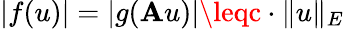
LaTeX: |f(u)|=|g(\mathbf{A}u)|\leqc\cdot\| u\| _{E}